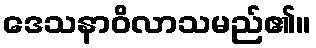
ဒေသနာဝိလာသမည်၏။